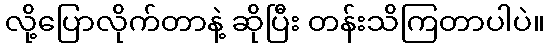
လို့ပြောလိုက်တာနဲ့ ဆိုပြီး တန်းသိကြတာပါပဲ။